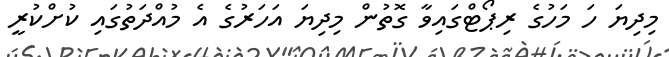
މިދިޔަ ހަ މަހުގެ ރިޕޯޓްގައިވާ ގޮތުން މިދިޔަ އަހަރުގެ އެ މުއްދަތުގައި ކުށްކުރީ